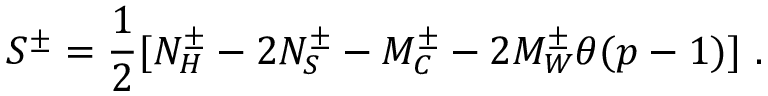
S ^ { \pm } = \frac { 1 } { 2 } [ N _ { H } ^ { \pm } - 2 N _ { S } ^ { \pm } - M _ { C } ^ { \pm } - 2 M _ { W } ^ { \pm } \theta ( p - 1 ) ] \, \, .